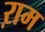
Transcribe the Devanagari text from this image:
ऱाम